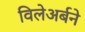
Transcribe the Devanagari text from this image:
विलेअर्बने